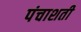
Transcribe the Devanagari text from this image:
पंचाशती